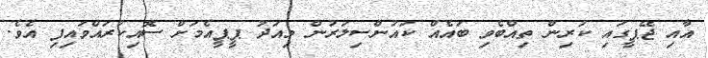
އާއި ޖޭޕީގައި ކުރިން ތިއްބެވި ބައެއް ކައުންސިލަރުން މިއަދު ޕީޕީއެމަށް ސޮއިކުރައްވައިފި އެވެ.